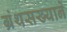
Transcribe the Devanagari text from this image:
ग्रंथसख्याने